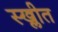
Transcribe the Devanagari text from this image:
स्ख्लीत